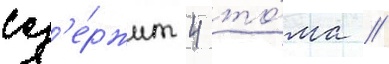
сод'е́ржит 4 то́ма //